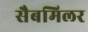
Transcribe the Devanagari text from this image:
सैबमिलर